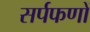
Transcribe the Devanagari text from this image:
सर्पफणों